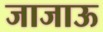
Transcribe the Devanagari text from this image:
जाजाऊ